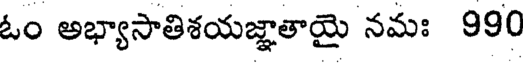
ఓం అభ్యాసాతిశయజ్ఞాతాయై నమః 990